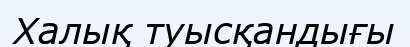
Халық туысқандығы